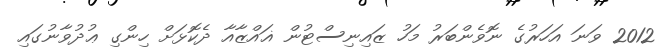
2012 ވަނަ އަހަރުގެ ނޮވެންބަރު މަހު ޒައިނިސްޓުން ޣައްޒާއާ ދެކޮޅަށް ހިންގި ޢުދުވާނުގައި